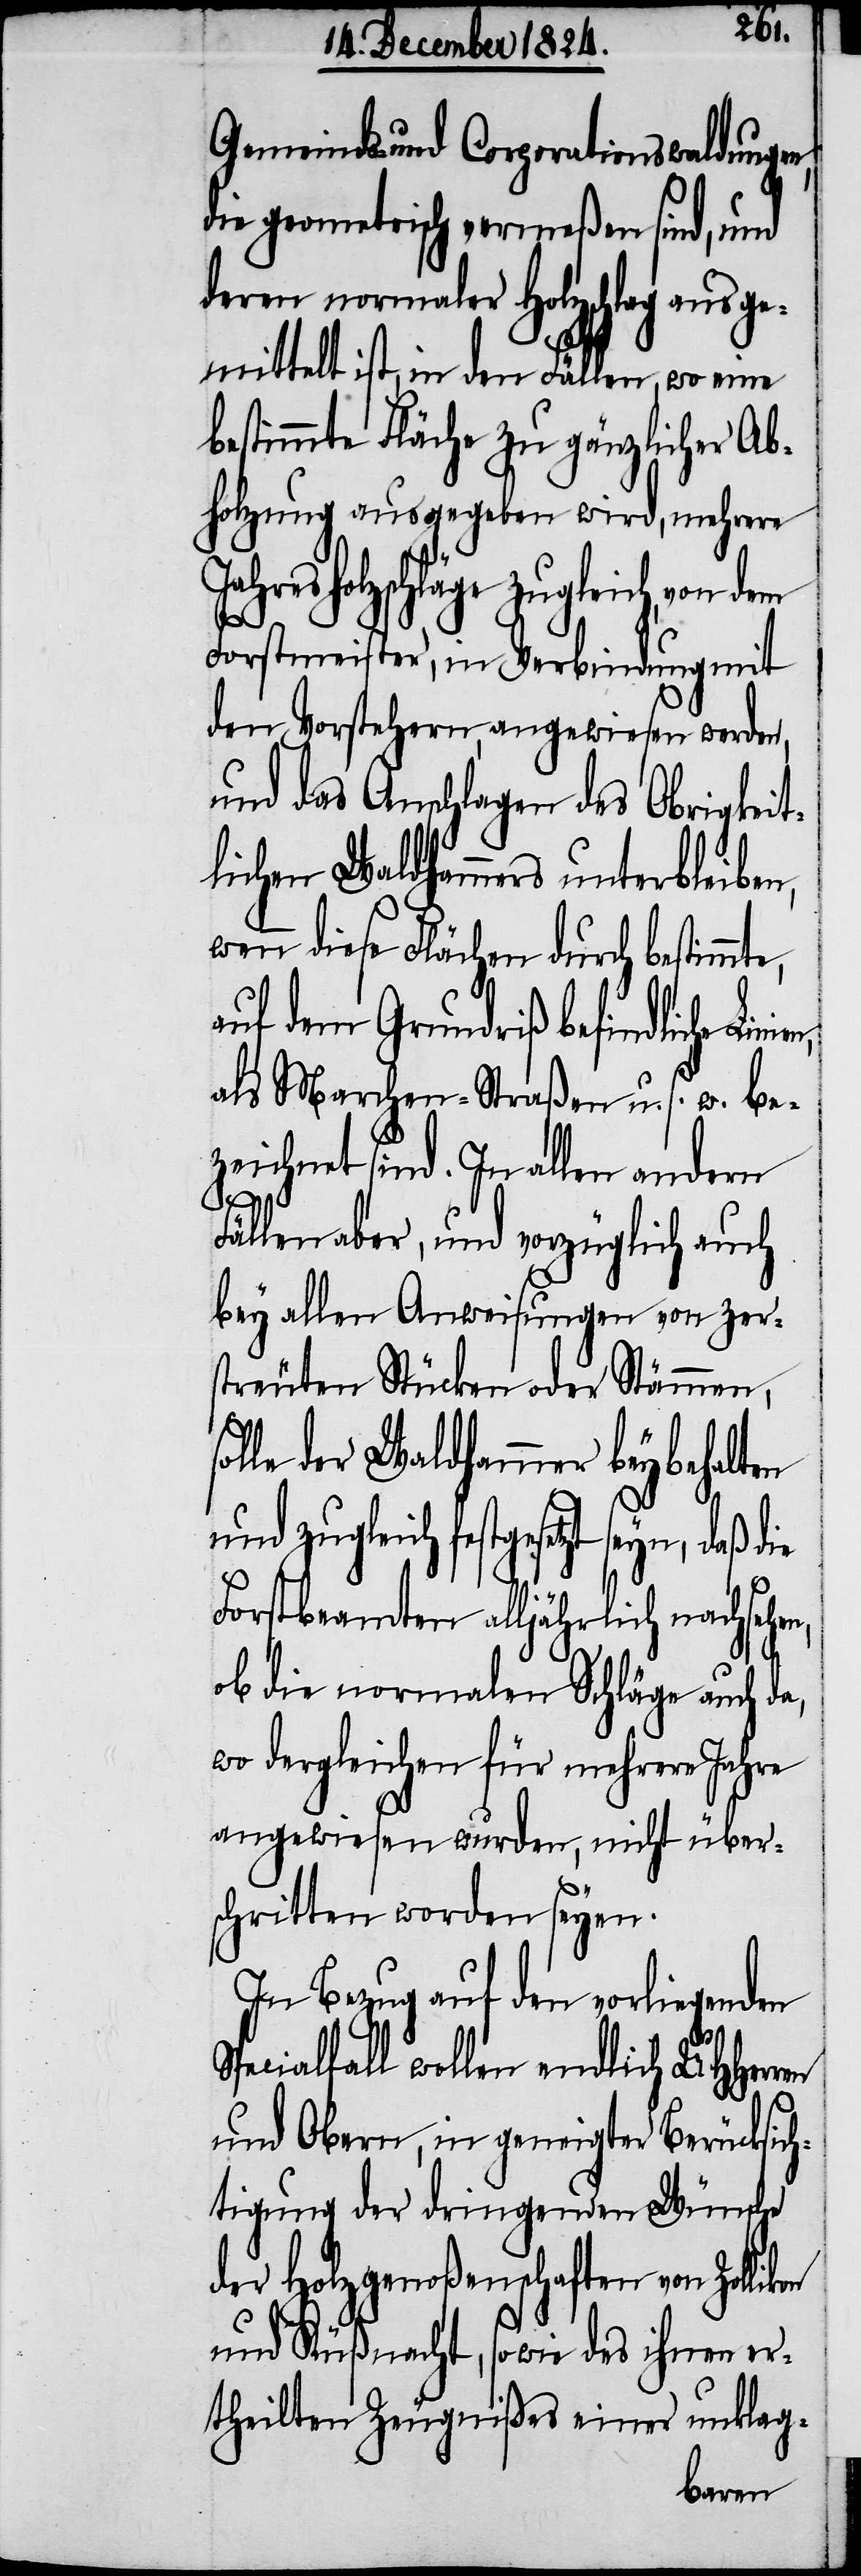
so¬
Gemeinds- und Corporationswaldungen,
die geometrisch vermeßen sind, und
deren normaler Holzschlag ausge¬
mittelt ist, in den Fällen, wo eine
estimmte Fläche zu gänzlicher Ab¬
holzung ausgegeben wird, mehrere
Jahresholzschläge zugleich, von dem
Forstmeister, in Verbindung mit
den Vorstehern, angewiesen werden,
und das Anschlagen das Obrigkeit¬
lichen Waldhammers unterbleiben,
wenn diese Flächen durch bestimmte,
auf dem Grundriß befindliche Lin¬
als Marchen-Straßen u. s. w. be¬
zeichnet. In allem andern
Fällen aber, und vorzüglich auch
bey allen Anweisungen von zer¬
streuten Stücken oder Stämmen,
lle der Waldhammer beybehalten
und zugleich festgesetzt seyn, daß
Forstbeamten alljährlich nachsehen,
ob die normalen Schläge auch
wo dergleichen für mehrere Jahre
angewiesen wurden, nicht über¬
schritten worden seyen.
In Bezug auf den vorliegenden
Spezialfall wollen endlich UHHerren
und Obern, in geneigter Berücksich¬
tigung der dringenden Wünsche
der Holzgenoßenschaften von
und Küßnacht, sowie des ihnen er¬
theilten Zeugnißes einer unklag-
ien,